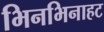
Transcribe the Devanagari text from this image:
भिनभिनाहट